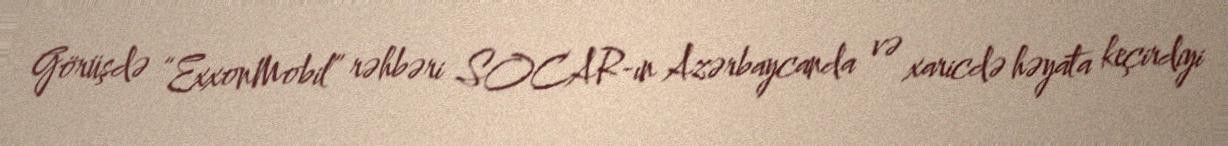
Görüşdə “ExxonMobil” rəhbəri SOCAR-ın Azərbaycanda və xaricdə həyata keçirdiyi